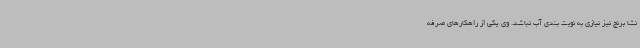
نشا برنج نیز نیازی به نوبت بندی آب نباشد. وی یکی از راهکارهای صرفه